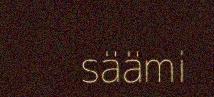
säämi